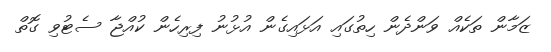
ޒަމާން ތަކެއް ވަންދެން ހިތުގައި އަޅައިގެން އުޅުނު ފިރިހެން ކުއްޖާ ސެޓުވި ގޮތް